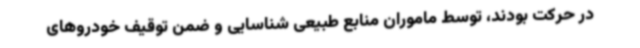
در حرکت بودند، توسط ماموران منابع طبیعی شناسایی و ضمن توقیف خودروهای